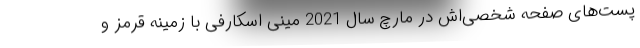
پست‌های صفحه شخصی‌اش در مارچ سال 2021 مینی اسکارفی با زمینه قرمز و